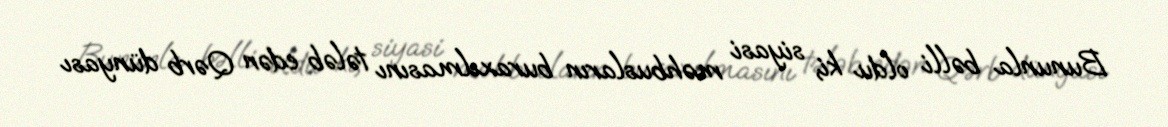
Bununla bəlli oldu ki, siyasi məhbusların buraxılmasını tələb edən Qərb dünyası